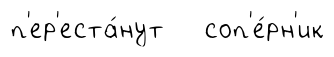
п'ер'еста́нут соп'е́рн'ик